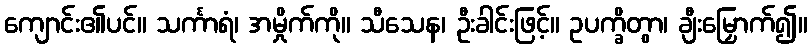
ကျောင်း၏ပင်။ သင်္ကာရံ၊ အမှိုက်ကို။ သီသေန၊ ဦးခါင်းဖြင့်။ ဥပက္ခိတွာ၊ ချီးမြှောက်၍။